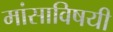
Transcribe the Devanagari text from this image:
मांसाविषयी